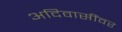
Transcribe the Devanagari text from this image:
अदिवासींवर